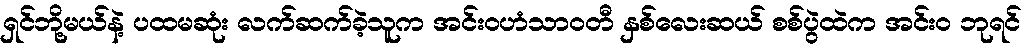
ရှင်ဘို့မယ်နဲ့ ပထမဆုံး လက်ဆက်ခဲ့သူက အင်းဝဟံသာဝတီ နှစ်လေးဆယ် စစ်ပွဲထဲက အင်း၀ ဘုရင်